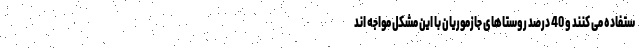
ستفاده می کنند و 40 درصد روستاهای جازموریان با این مشکل مواجه اند